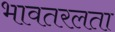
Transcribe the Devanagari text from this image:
भावतरलता